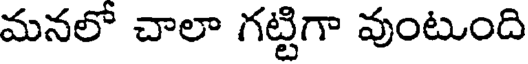
మనలో చాలా గట్టిగా వుంటుంది